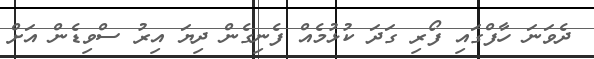
ދެވަނަ ހާފްގައި ފޯރި ގަދަ ކުޅުމެއް ފެނިގެން ދިޔަ އިރު ސްވިޑެން އަށް